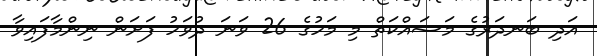
އަދި ބަނދަރުގެ މަސައްކަތް މި މަހުގެ 26 ވަނަ ދުވަހު ފަށަން ނިންމާފައިވާ